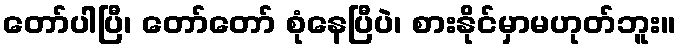
တော်ပါပြီ၊ တော်တော် စုံနေပြီပဲ၊ စားနိုင်မှာမဟုတ်ဘူး။